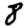
Digit: 8